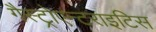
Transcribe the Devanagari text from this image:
गैस्ट्रोएन्टराइटिस